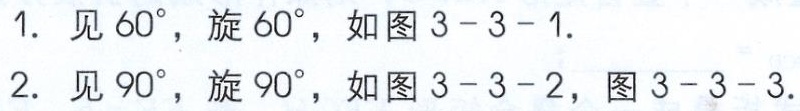
1. 见$60^{\circ}$，旋$60^{\circ}$，如图3 - 3 - 1.
2. 见$90^{\circ}$，旋$90^{\circ}$，如图3 - 3 - 2，图3 - 3 - 3.